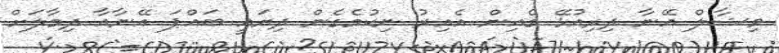
ވިޝާލް އޭނާ ދިރިއުޅޭ ގެއިން އެއިރު ނިކުމެގެން ދިޔައީ ބައްޕަ އޭނާއާ ދިމާލަށް